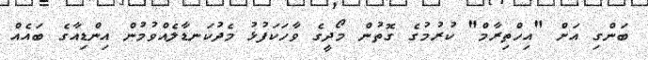
ބަންގި އަށް "އިހްތިރާމް" ކުރުމުގެ ގޮތުން މޯދީގެ ވާހަކަފުޅު މެދުކަނޑާލެއްވުމުން އިންޑިއާގެ ބައެއް